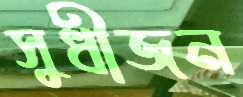
সুধীজন